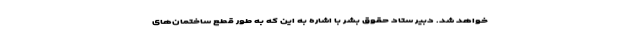
خواهد شد. دبیر ستاد حقوق بشر با اشاره به این که به طور قطع ساختمان‌های